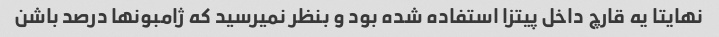
نهایتا یه قارچ داخل پیتزا استفاده شده بود و بنظر نمیرسید که ژامبونها درصد باشن